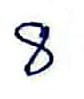
8